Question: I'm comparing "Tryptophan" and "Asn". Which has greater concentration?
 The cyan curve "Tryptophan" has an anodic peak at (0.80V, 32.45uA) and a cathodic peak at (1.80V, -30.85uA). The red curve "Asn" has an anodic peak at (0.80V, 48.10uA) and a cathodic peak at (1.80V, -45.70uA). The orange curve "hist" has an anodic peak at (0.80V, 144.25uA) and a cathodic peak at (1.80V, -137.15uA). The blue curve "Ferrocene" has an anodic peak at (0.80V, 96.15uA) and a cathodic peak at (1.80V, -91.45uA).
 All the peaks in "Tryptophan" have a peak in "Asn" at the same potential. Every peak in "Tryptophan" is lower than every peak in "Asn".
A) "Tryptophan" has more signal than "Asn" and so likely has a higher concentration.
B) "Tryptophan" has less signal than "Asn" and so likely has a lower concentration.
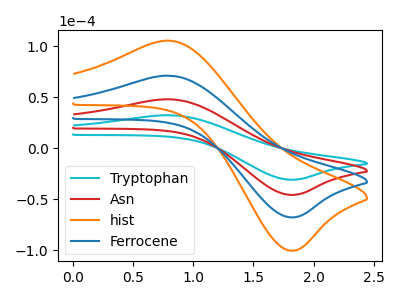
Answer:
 <answer>B) "Tryptophan" has less signal than "Asn" and so likely has a lower concentration.</answer>
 <eval>B</eval>